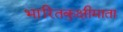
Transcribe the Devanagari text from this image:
भारितकुक्षीमाता